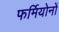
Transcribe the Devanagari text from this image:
फर्मियोनों